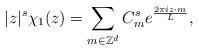
LaTeX: \begin{align*}|z|^s \chi_1 (z) = \sum_{m \in \mathbb Z^d} C_m^s e^{ \frac {2\pi i z\cdot m} L },\end{align*}